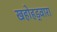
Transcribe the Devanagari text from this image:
खहोहड्वारा